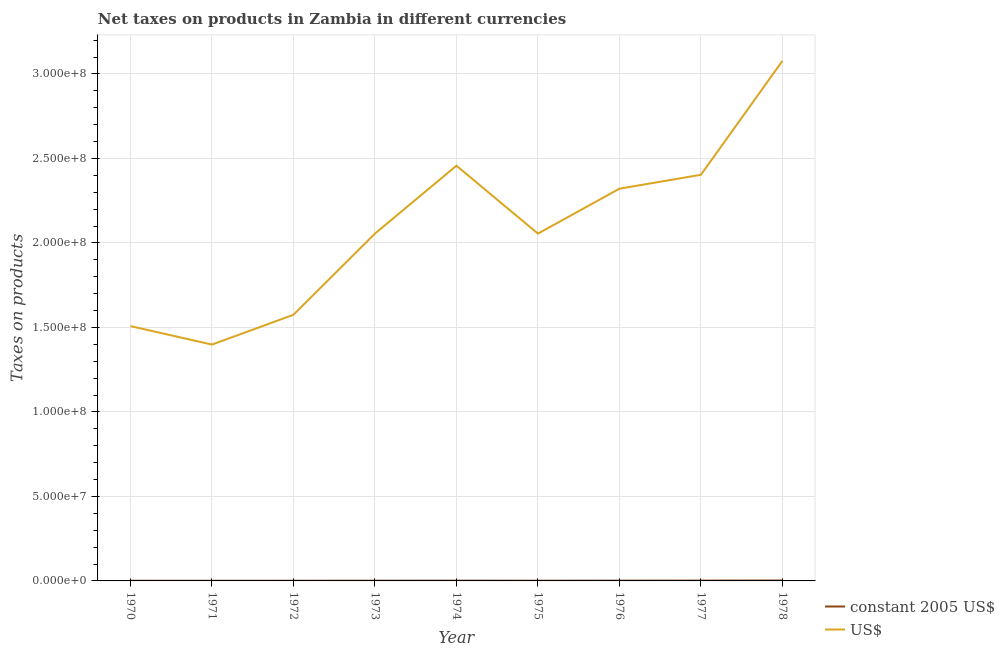
| Year | constant 2005 US$ | US$ |
 | --- | --- | --- |
 | 1970 | 1.08e+05 | 1.51e+08 |
 | 1971 | 9.99e+04 | 1.4e+08 |
 | 1972 | 1.12e+05 | 1.57e+08 |
 | 1973 | 1.34e+05 | 2.06e+08 |
 | 1974 | 1.58e+05 | 2.46e+08 |
 | 1975 | 1.32e+05 | 2.06e+08 |
 | 1976 | 1.63e+05 | 2.32e+08 |
 | 1977 | 1.9e+05 | 2.4e+08 |
 | 1978 | 2.46e+05 | 3.08e+08 |